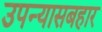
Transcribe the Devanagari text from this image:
उपन्यासबहार